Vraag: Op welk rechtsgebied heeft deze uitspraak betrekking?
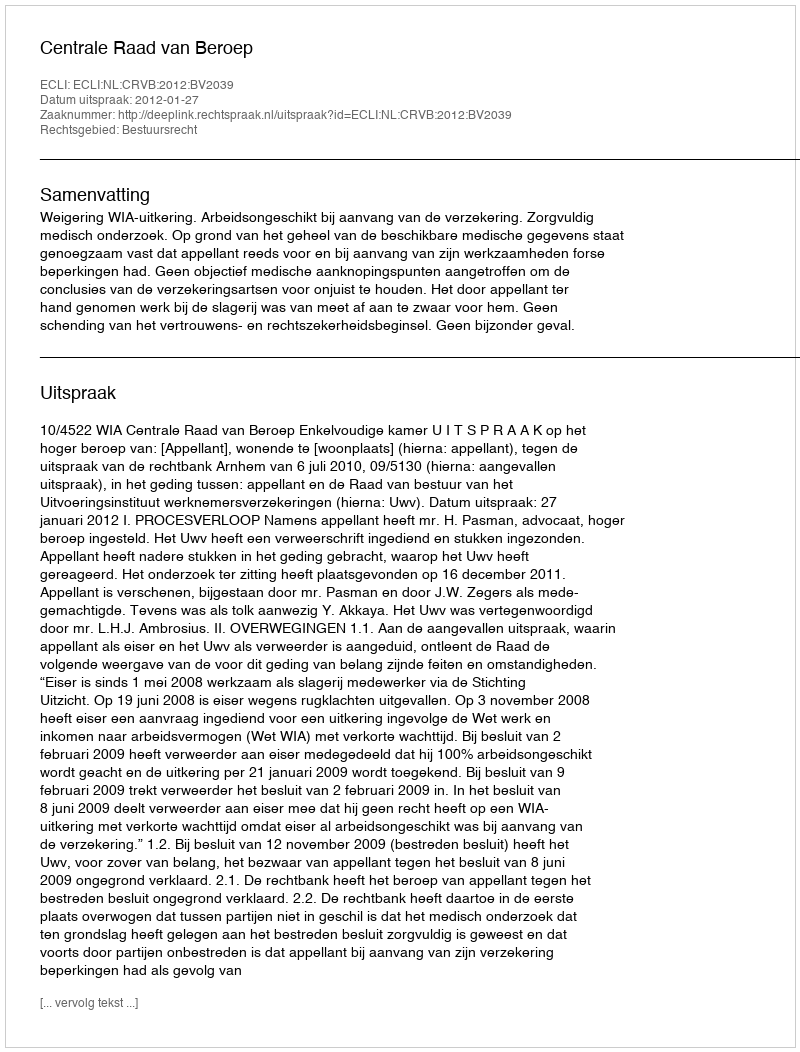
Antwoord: Bestuursrecht